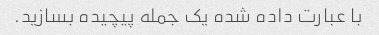
با عبارت داده شده یک جمله پیچیده بسازید.